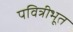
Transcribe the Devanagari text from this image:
पवित्रीभूत